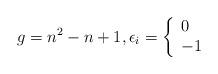
LaTeX: \begin{align*} g=n^2-n+1, {} \epsilon_i = \left\{\begin{array}{ll} 0 & {} \\ -1 &{} \end{array} \right. \end{align*}